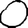
Digit: 0